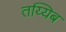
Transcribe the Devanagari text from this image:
तय्यिब